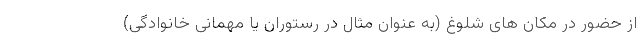
از حضور در مکان های شلوغ (به عنوان مثال در رستوران یا مهمانی خانوادگی)